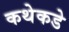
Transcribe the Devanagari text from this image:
कथेकडे